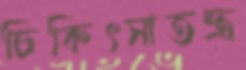
চিকিৎসাতন্ত্র